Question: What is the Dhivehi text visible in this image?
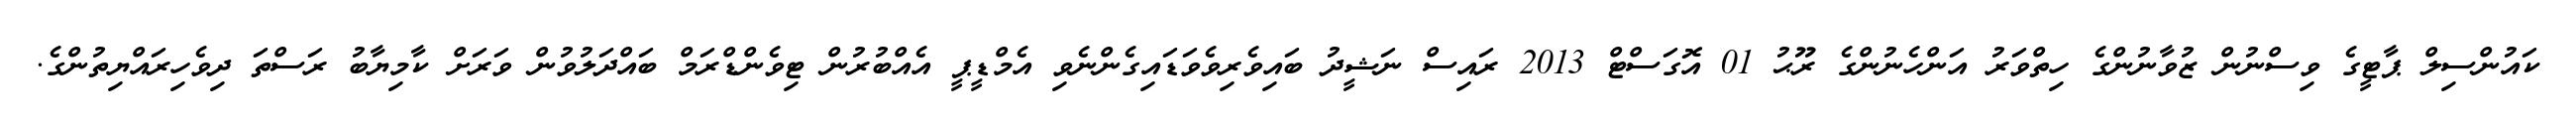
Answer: ކައުންސިލް ޕާޓީގެ ވިސްނުން ޒުވާނުންގެ ހިތްވަރު އަންހެނުންގެ ރޫޙު 01 އޮގަސްޓް 2013 ރައިސް ނަޝީދު ބައިވެރިވެވަޑައިގެންނެވި އެމްޑީޕީ އެއްބުރުން ޓިވެންޑްރަމް ބައްދަލުވުން ވަރަށް ކާމިޔާބު ރަސްތަ ދިވެހިރައްޔިތުންގެ.